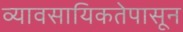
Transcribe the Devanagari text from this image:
व्यावसायिकतेपासून